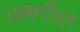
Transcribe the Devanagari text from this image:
जसपींदर